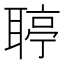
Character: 聤